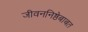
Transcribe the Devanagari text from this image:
जीवननिष्ठेबाबत